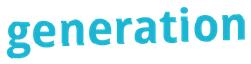
generation